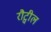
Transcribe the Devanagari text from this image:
रौट्वील